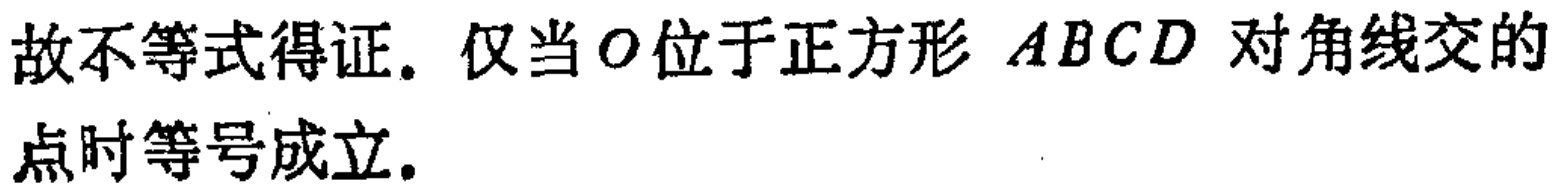
故不等式得证. 仅当\(O\)位于正方形 \(ABCD\) 对角线交的点时等号成立.